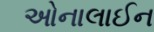
ઓનાલાઈન